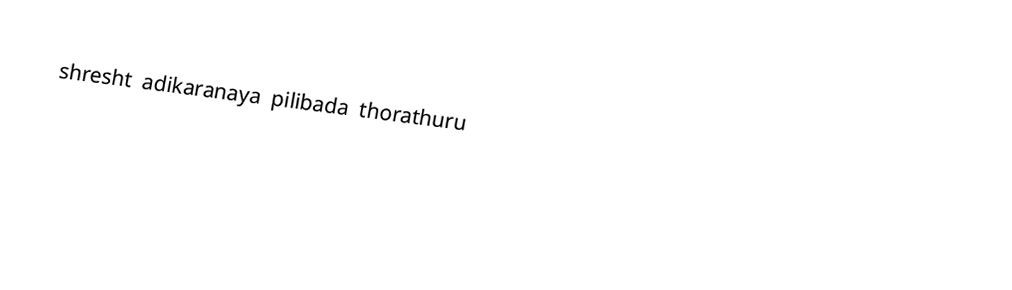
shresht adikaranaya pilibada thorathuru